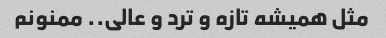
مثل همیشه تازه و ترد و عالی.. ممنونم